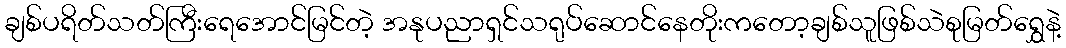
ချစ်ပရိတ်သတ်ကြီးရေအောင်မြင်တဲ့ အနုပညာရှင်သရုပ်ဆောင်နေတိုးကတော့ချစ်သူဖြစ်သဲစုမြတ်ရွှေနဲ့